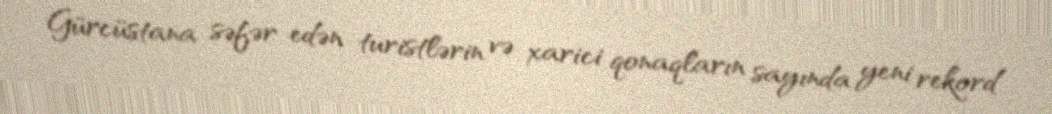
Gürcüstana səfər edən turistlərin və xarici qonaqların sayında yeni rekord